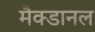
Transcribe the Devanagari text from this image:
मैक्डानल